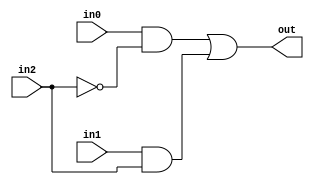
module top(in0, in1, in2, out);
input in0, in1, in2;
output out;

wire w1, w2, w3;

assign w1 = ~in2;
assign w2 = in0 & w1;
assign w3 = in1 & in2;
assign out = w2 | w3;

endmodule